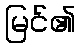
မြင်၏